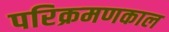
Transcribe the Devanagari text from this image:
परिक्रमणकाल